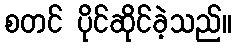
စတင် ပိုင်ဆိုင်ခဲ့သည်။